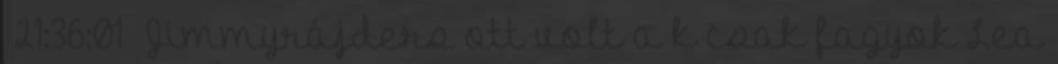
21:36:01 Jimmyrájders ott volt a k csak fagyok Lea